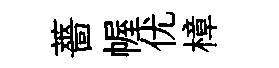
薔幄优樟